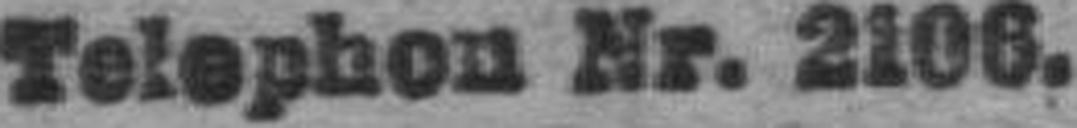
Telephon Nr. 2106.